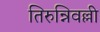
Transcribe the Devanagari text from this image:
तिरुन्निवल्ली